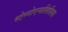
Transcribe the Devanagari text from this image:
स्टेग्नोएनालिसिस